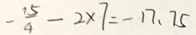
- \frac { 1 5 } { 4 } - 2 \times 7 = - 1 7 . 7 5